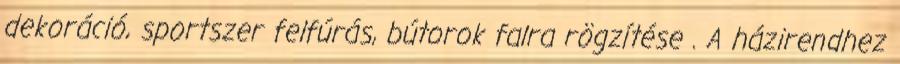
dekoráció, sportszer felfúrás, bútorok falra rögzítése . A házirendhez